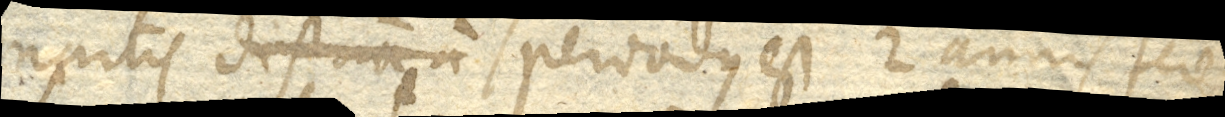
Martis distantia a s periodus est 2 annis sere